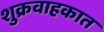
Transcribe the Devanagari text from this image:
शुक्रवाहकात